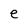
Character: e